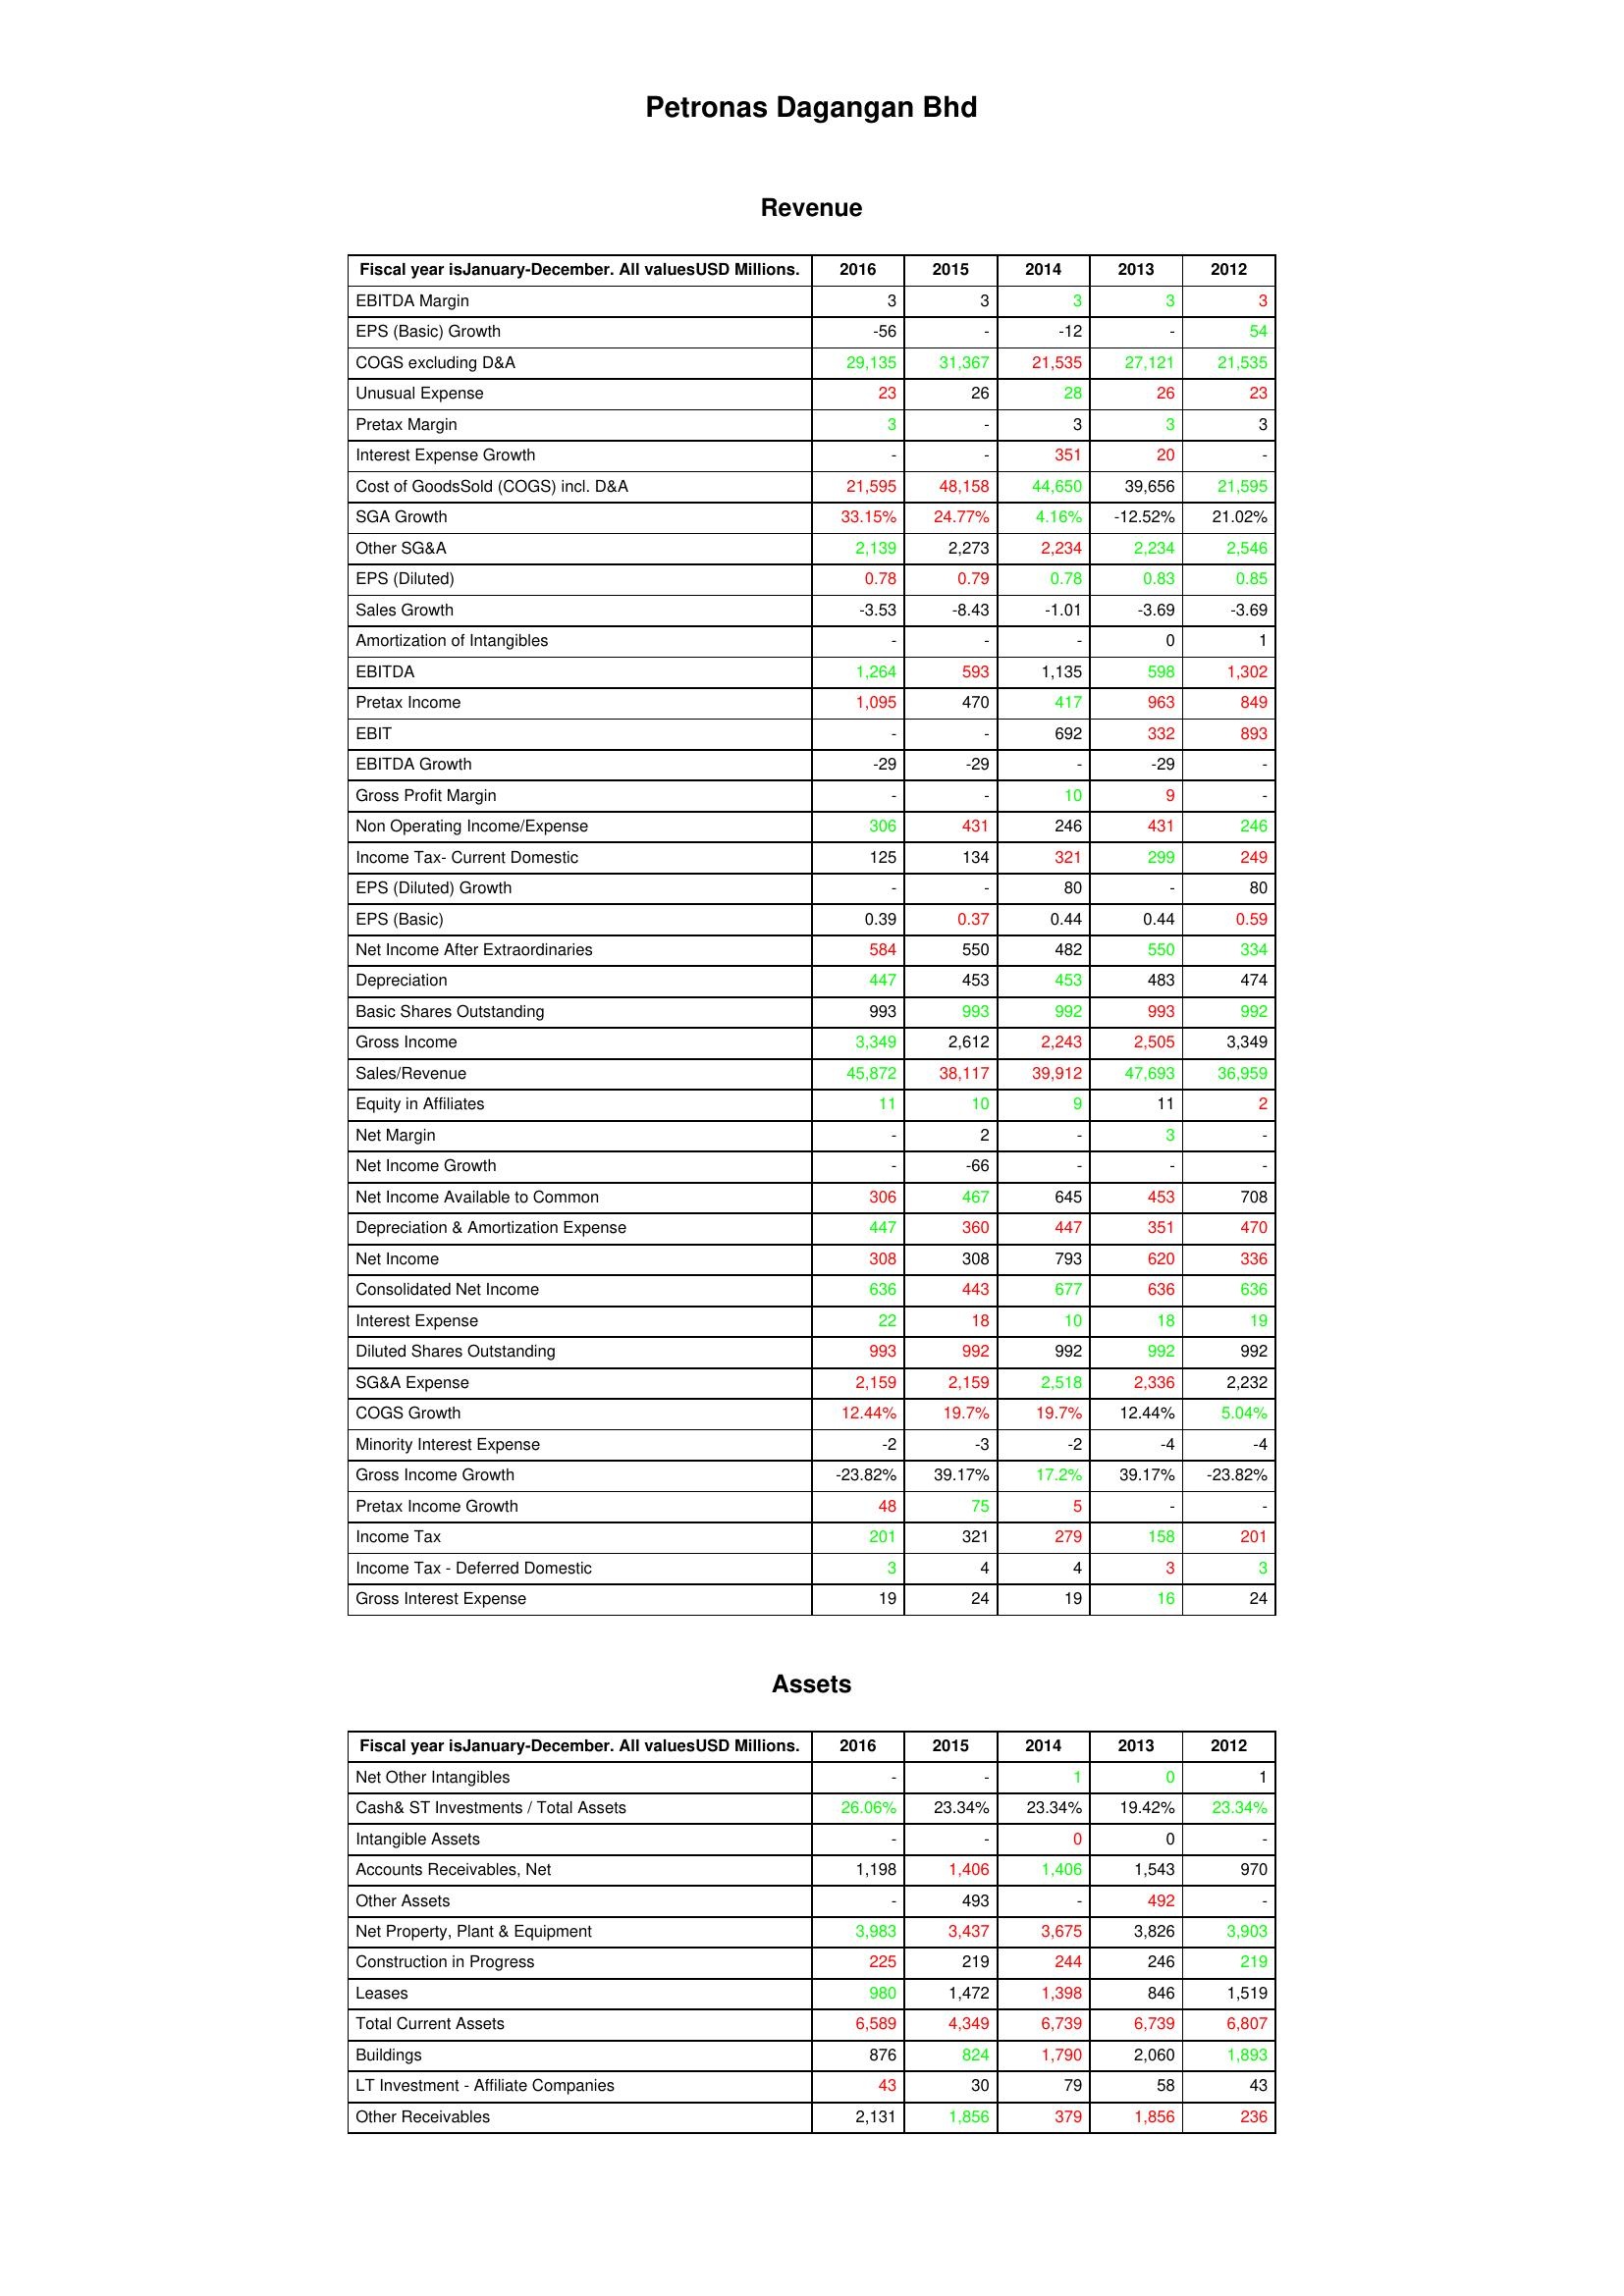
gt_parse: 2016: Revenue: EBITDA Margin: 3
EPS (Basic) Growth: -56
COGS excluding D&A: 29,135
Unusual Expense: 23
Pretax Margin: 3
Interest Expense Growth: -
Cost of GoodsSold (COGS) incl. D&A: 21,595
SGA Growth: 33.15%
Other SG&A: 2,139
EPS (Diluted): 0.78
Sales Growth: -3.53
Amortization of Intangibles: -
EBITDA: 1,264
Pretax Income: 1,095
EBIT: -
EBITDA Growth: -29
Gross Profit Margin: -
Non Operating Income/Expense: 306
Income Tax- Current Domestic: 125
EPS (Diluted) Growth: -
EPS (Basic): 0.39
Net Income After Extraordinaries: 584
Depreciation: 447
Basic Shares Outstanding: 993
Gross Income: 3,349
Sales/Revenue: 45,872
Equity in Affiliates: 11
Net Margin: -
Net Income Growth: -
Net Income Available to Common: 306
Depreciation & Amortization Expense: 447
Net Income: 308
Consolidated Net Income: 636
Interest Expense: 22
Diluted Shares Outstanding: 993
SG&A Expense: 2,159
COGS Growth: 12.44%
Minority Interest Expense: -2
Gross Income Growth: -23.82%
Pretax Income Growth: 48
Income Tax: 201
Income Tax - Deferred Domestic: 3
Gross Interest Expense: 19
Assets: Net Other Intangibles: -
Cash& ST Investments / Total Assets: 26.06%
Intangible Assets: -
Accounts Receivables, Net: 1,198
Other Assets: -
Net Property, Plant & Equipment: 3,983
Construction in Progress: 225
Leases: 980
Total Current Assets: 6,589
Buildings: 876
LT Investment - Affiliate Companies: 43
Other Receivables: 2,131
2015: Revenue: EBITDA Margin: 3
EPS (Basic) Growth: -
COGS excluding D&A: 31,367
Unusual Expense: 26
Pretax Margin: -
Interest Expense Growth: -
Cost of GoodsSold (COGS) incl. D&A: 48,158
SGA Growth: 24.77%
Other SG&A: 2,273
EPS (Diluted): 0.79
Sales Growth: -8.43
Amortization of Intangibles: -
EBITDA: 593
Pretax Income: 470
EBIT: -
EBITDA Growth: -29
Gross Profit Margin: -
Non Operating Income/Expense: 431
Income Tax- Current Domestic: 134
EPS (Diluted) Growth: -
EPS (Basic): 0.37
Net Income After Extraordinaries: 550
Depreciation: 453
Basic Shares Outstanding: 993
Gross Income: 2,612
Sales/Revenue: 38,117
Equity in Affiliates: 10
Net Margin: 2
Net Income Growth: -66
Net Income Available to Common: 467
Depreciation & Amortization Expense: 360
Net Income: 308
Consolidated Net Income: 443
Interest Expense: 18
Diluted Shares Outstanding: 992
SG&A Expense: 2,159
COGS Growth: 19.7%
Minority Interest Expense: -3
Gross Income Growth: 39.17%
Pretax Income Growth: 75
Income Tax: 321
Income Tax - Deferred Domestic: 4
Gross Interest Expense: 24
Assets: Net Other Intangibles: -
Cash& ST Investments / Total Assets: 23.34%
Intangible Assets: -
Accounts Receivables, Net: 1,406
Other Assets: 493
Net Property, Plant & Equipment: 3,437
Construction in Progress: 219
Leases: 1,472
Total Current Assets: 4,349
Buildings: 824
LT Investment - Affiliate Companies: 30
Other Receivables: 1,856
2014: Revenue: EBITDA Margin: 3
EPS (Basic) Growth: -12
COGS excluding D&A: 21,535
Unusual Expense: 28
Pretax Margin: 3
Interest Expense Growth: 351
Cost of GoodsSold (COGS) incl. D&A: 44,650
SGA Growth: 4.16%
Other SG&A: 2,234
EPS (Diluted): 0.78
Sales Growth: -1.01
Amortization of Intangibles: -
EBITDA: 1,135
Pretax Income: 417
EBIT: 692
EBITDA Growth: -
Gross Profit Margin: 10
Non Operating Income/Expense: 246
Income Tax- Current Domestic: 321
EPS (Diluted) Growth: 80
EPS (Basic): 0.44
Net Income After Extraordinaries: 482
Depreciation: 453
Basic Shares Outstanding: 992
Gross Income: 2,243
Sales/Revenue: 39,912
Equity in Affiliates: 9
Net Margin: -
Net Income Growth: -
Net Income Available to Common: 645
Depreciation & Amortization Expense: 447
Net Income: 793
Consolidated Net Income: 677
Interest Expense: 10
Diluted Shares Outstanding: 992
SG&A Expense: 2,518
COGS Growth: 19.7%
Minority Interest Expense: -2
Gross Income Growth: 17.2%
Pretax Income Growth: 5
Income Tax: 279
Income Tax - Deferred Domestic: 4
Gross Interest Expense: 19
Assets: Net Other Intangibles: 1
Cash& ST Investments / Total Assets: 23.34%
Intangible Assets: 0
Accounts Receivables, Net: 1,406
Other Assets: -
Net Property, Plant & Equipment: 3,675
Construction in Progress: 244
Leases: 1,398
Total Current Assets: 6,739
Buildings: 1,790
LT Investment - Affiliate Companies: 79
Other Receivables: 379
2013: Revenue: EBITDA Margin: 3
EPS (Basic) Growth: -
COGS excluding D&A: 27,121
Unusual Expense: 26
Pretax Margin: 3
Interest Expense Growth: 20
Cost of GoodsSold (COGS) incl. D&A: 39,656
SGA Growth: -12.52%
Other SG&A: 2,234
EPS (Diluted): 0.83
Sales Growth: -3.69
Amortization of Intangibles: 0
EBITDA: 598
Pretax Income: 963
EBIT: 332
EBITDA Growth: -29
Gross Profit Margin: 9
Non Operating Income/Expense: 431
Income Tax- Current Domestic: 299
EPS (Diluted) Growth: -
EPS (Basic): 0.44
Net Income After Extraordinaries: 550
Depreciation: 483
Basic Shares Outstanding: 993
Gross Income: 2,505
Sales/Revenue: 47,693
Equity in Affiliates: 11
Net Margin: 3
Net Income Growth: -
Net Income Available to Common: 453
Depreciation & Amortization Expense: 351
Net Income: 620
Consolidated Net Income: 636
Interest Expense: 18
Diluted Shares Outstanding: 992
SG&A Expense: 2,336
COGS Growth: 12.44%
Minority Interest Expense: -4
Gross Income Growth: 39.17%
Pretax Income Growth: -
Income Tax: 158
Income Tax - Deferred Domestic: 3
Gross Interest Expense: 16
Assets: Net Other Intangibles: 0
Cash& ST Investments / Total Assets: 19.42%
Intangible Assets: 0
Accounts Receivables, Net: 1,543
Other Assets: 492
Net Property, Plant & Equipment: 3,826
Construction in Progress: 246
Leases: 846
Total Current Assets: 6,739
Buildings: 2,060
LT Investment - Affiliate Companies: 58
Other Receivables: 1,856
2012: Revenue: EBITDA Margin: 3
EPS (Basic) Growth: 54
COGS excluding D&A: 21,535
Unusual Expense: 23
Pretax Margin: 3
Interest Expense Growth: -
Cost of GoodsSold (COGS) incl. D&A: 21,595
SGA Growth: 21.02%
Other SG&A: 2,546
EPS (Diluted): 0.85
Sales Growth: -3.69
Amortization of Intangibles: 1
EBITDA: 1,302
Pretax Income: 849
EBIT: 893
EBITDA Growth: -
Gross Profit Margin: -
Non Operating Income/Expense: 246
Income Tax- Current Domestic: 249
EPS (Diluted) Growth: 80
EPS (Basic): 0.59
Net Income After Extraordinaries: 334
Depreciation: 474
Basic Shares Outstanding: 992
Gross Income: 3,349
Sales/Revenue: 36,959
Equity in Affiliates: 2
Net Margin: -
Net Income Growth: -
Net Income Available to Common: 708
Depreciation & Amortization Expense: 470
Net Income: 336
Consolidated Net Income: 636
Interest Expense: 19
Diluted Shares Outstanding: 992
SG&A Expense: 2,232
COGS Growth: 5.04%
Minority Interest Expense: -4
Gross Income Growth: -23.82%
Pretax Income Growth: -
Income Tax: 201
Income Tax - Deferred Domestic: 3
Gross Interest Expense: 24
Assets: Net Other Intangibles: 1
Cash& ST Investments / Total Assets: 23.34%
Intangible Assets: -
Accounts Receivables, Net: 970
Other Assets: -
Net Property, Plant & Equipment: 3,903
Construction in Progress: 219
Leases: 1,519
Total Current Assets: 6,807
Buildings: 1,893
LT Investment - Affiliate Companies: 43
Other Receivables: 236